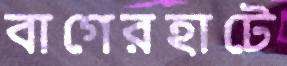
বাগেরহাটে